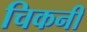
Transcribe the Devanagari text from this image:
चिकनीं